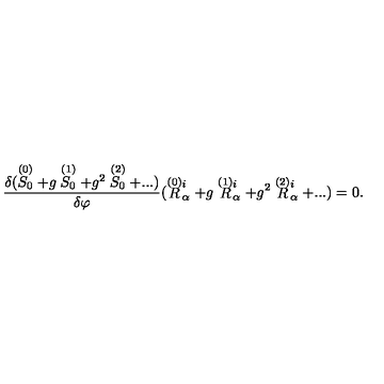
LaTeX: { \frac { \delta ( \stackrel { ( 0 ) } { S _ { 0 } } + g \stackrel { ( 1 ) } { S _ { 0 } } + g ^ { 2 } \stackrel { ( 2 ) } { S _ { 0 } } + . . . ) } { \delta \varphi } } ( \stackrel { \smash { ( 0 ) } } { R } _ { \alpha } ^ { i } + g \stackrel { \smash { ( 1 ) } } { R } _ { \alpha } ^ { i } + g ^ { 2 } \stackrel { \smash { ( 2 ) } } { R } _ { \alpha } ^ { i } + . . . ) = 0 .